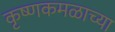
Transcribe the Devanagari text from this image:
कृष्णकमळाच्या